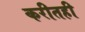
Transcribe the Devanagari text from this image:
करीतही